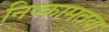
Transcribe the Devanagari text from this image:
निष्कामतया